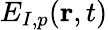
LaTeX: E_{I,p}({\mathbf r},t)